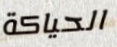
الحياكة